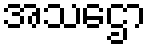
အသဌော